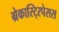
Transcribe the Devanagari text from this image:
ग्रेकास्टि्रपेसस